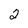
Character: 2